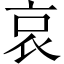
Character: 哀